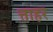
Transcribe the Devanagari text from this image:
त्ताहर